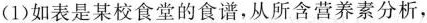
(1)如表是某校食堂的食谱，从所含营养素分析，